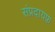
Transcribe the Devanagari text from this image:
संप्रदायफ़